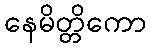
နေမိတ္တိကော